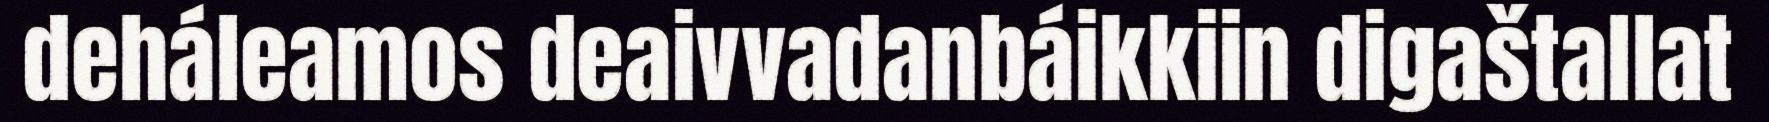
deháleamos deaivvadanbáikkiin digaštallat